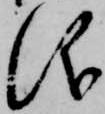
儀